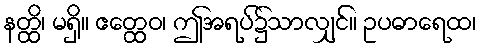
နတ္ထိ၊ မရှိ။ ဧတ္ထေဝ၊ ဤအရပ်၌သာလျှင်။ ဥပဓာရေထ၊